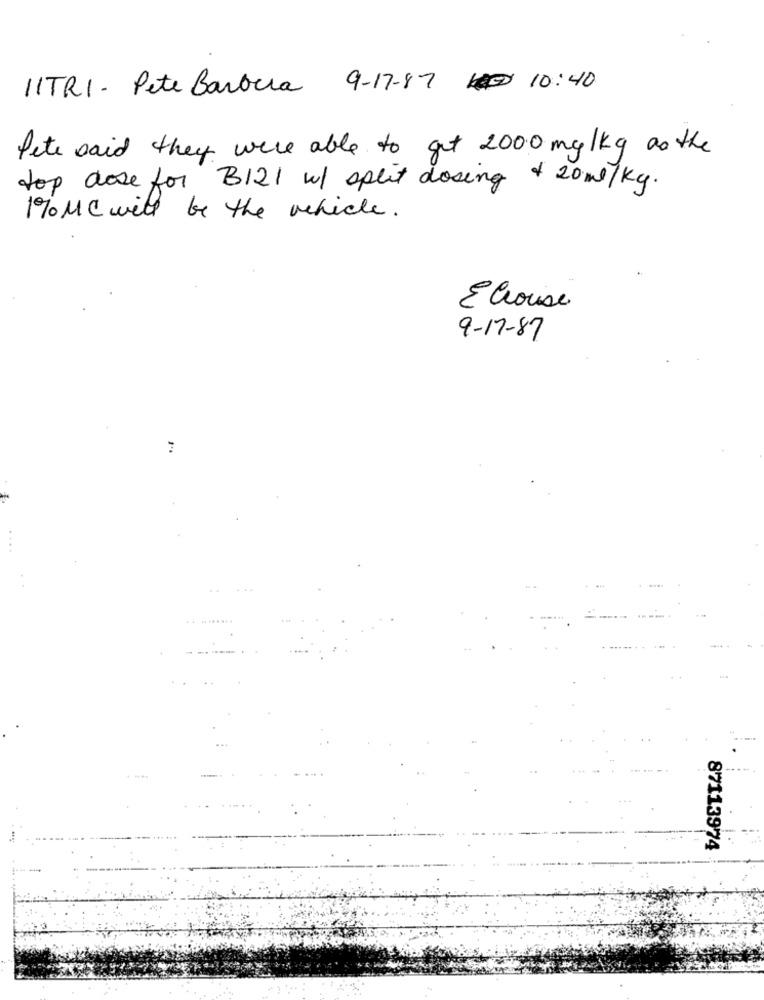
IITRI - Pete Barocca 9-17-87 1 10:40
Pete said they were able to get 2000 mg/kg as the
top dose for B121 w/ split dosing + 20ml/kg.
190MC will be the vehicle.
E house
9-17-87
.....
87113974